Subject: cs
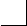
LaTeX code:
	\begin{tikzpicture}[scale=.33]
		\draw[-] (0,0) -| (1,1);
	\end{tikzpicture}